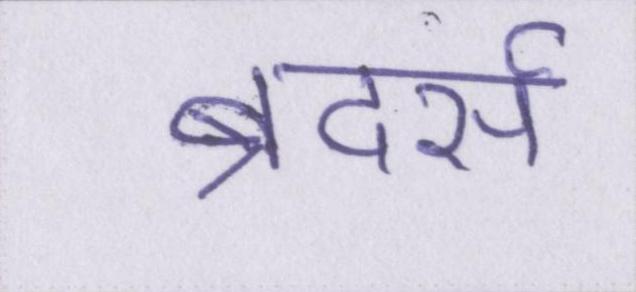
ब्रदर्स